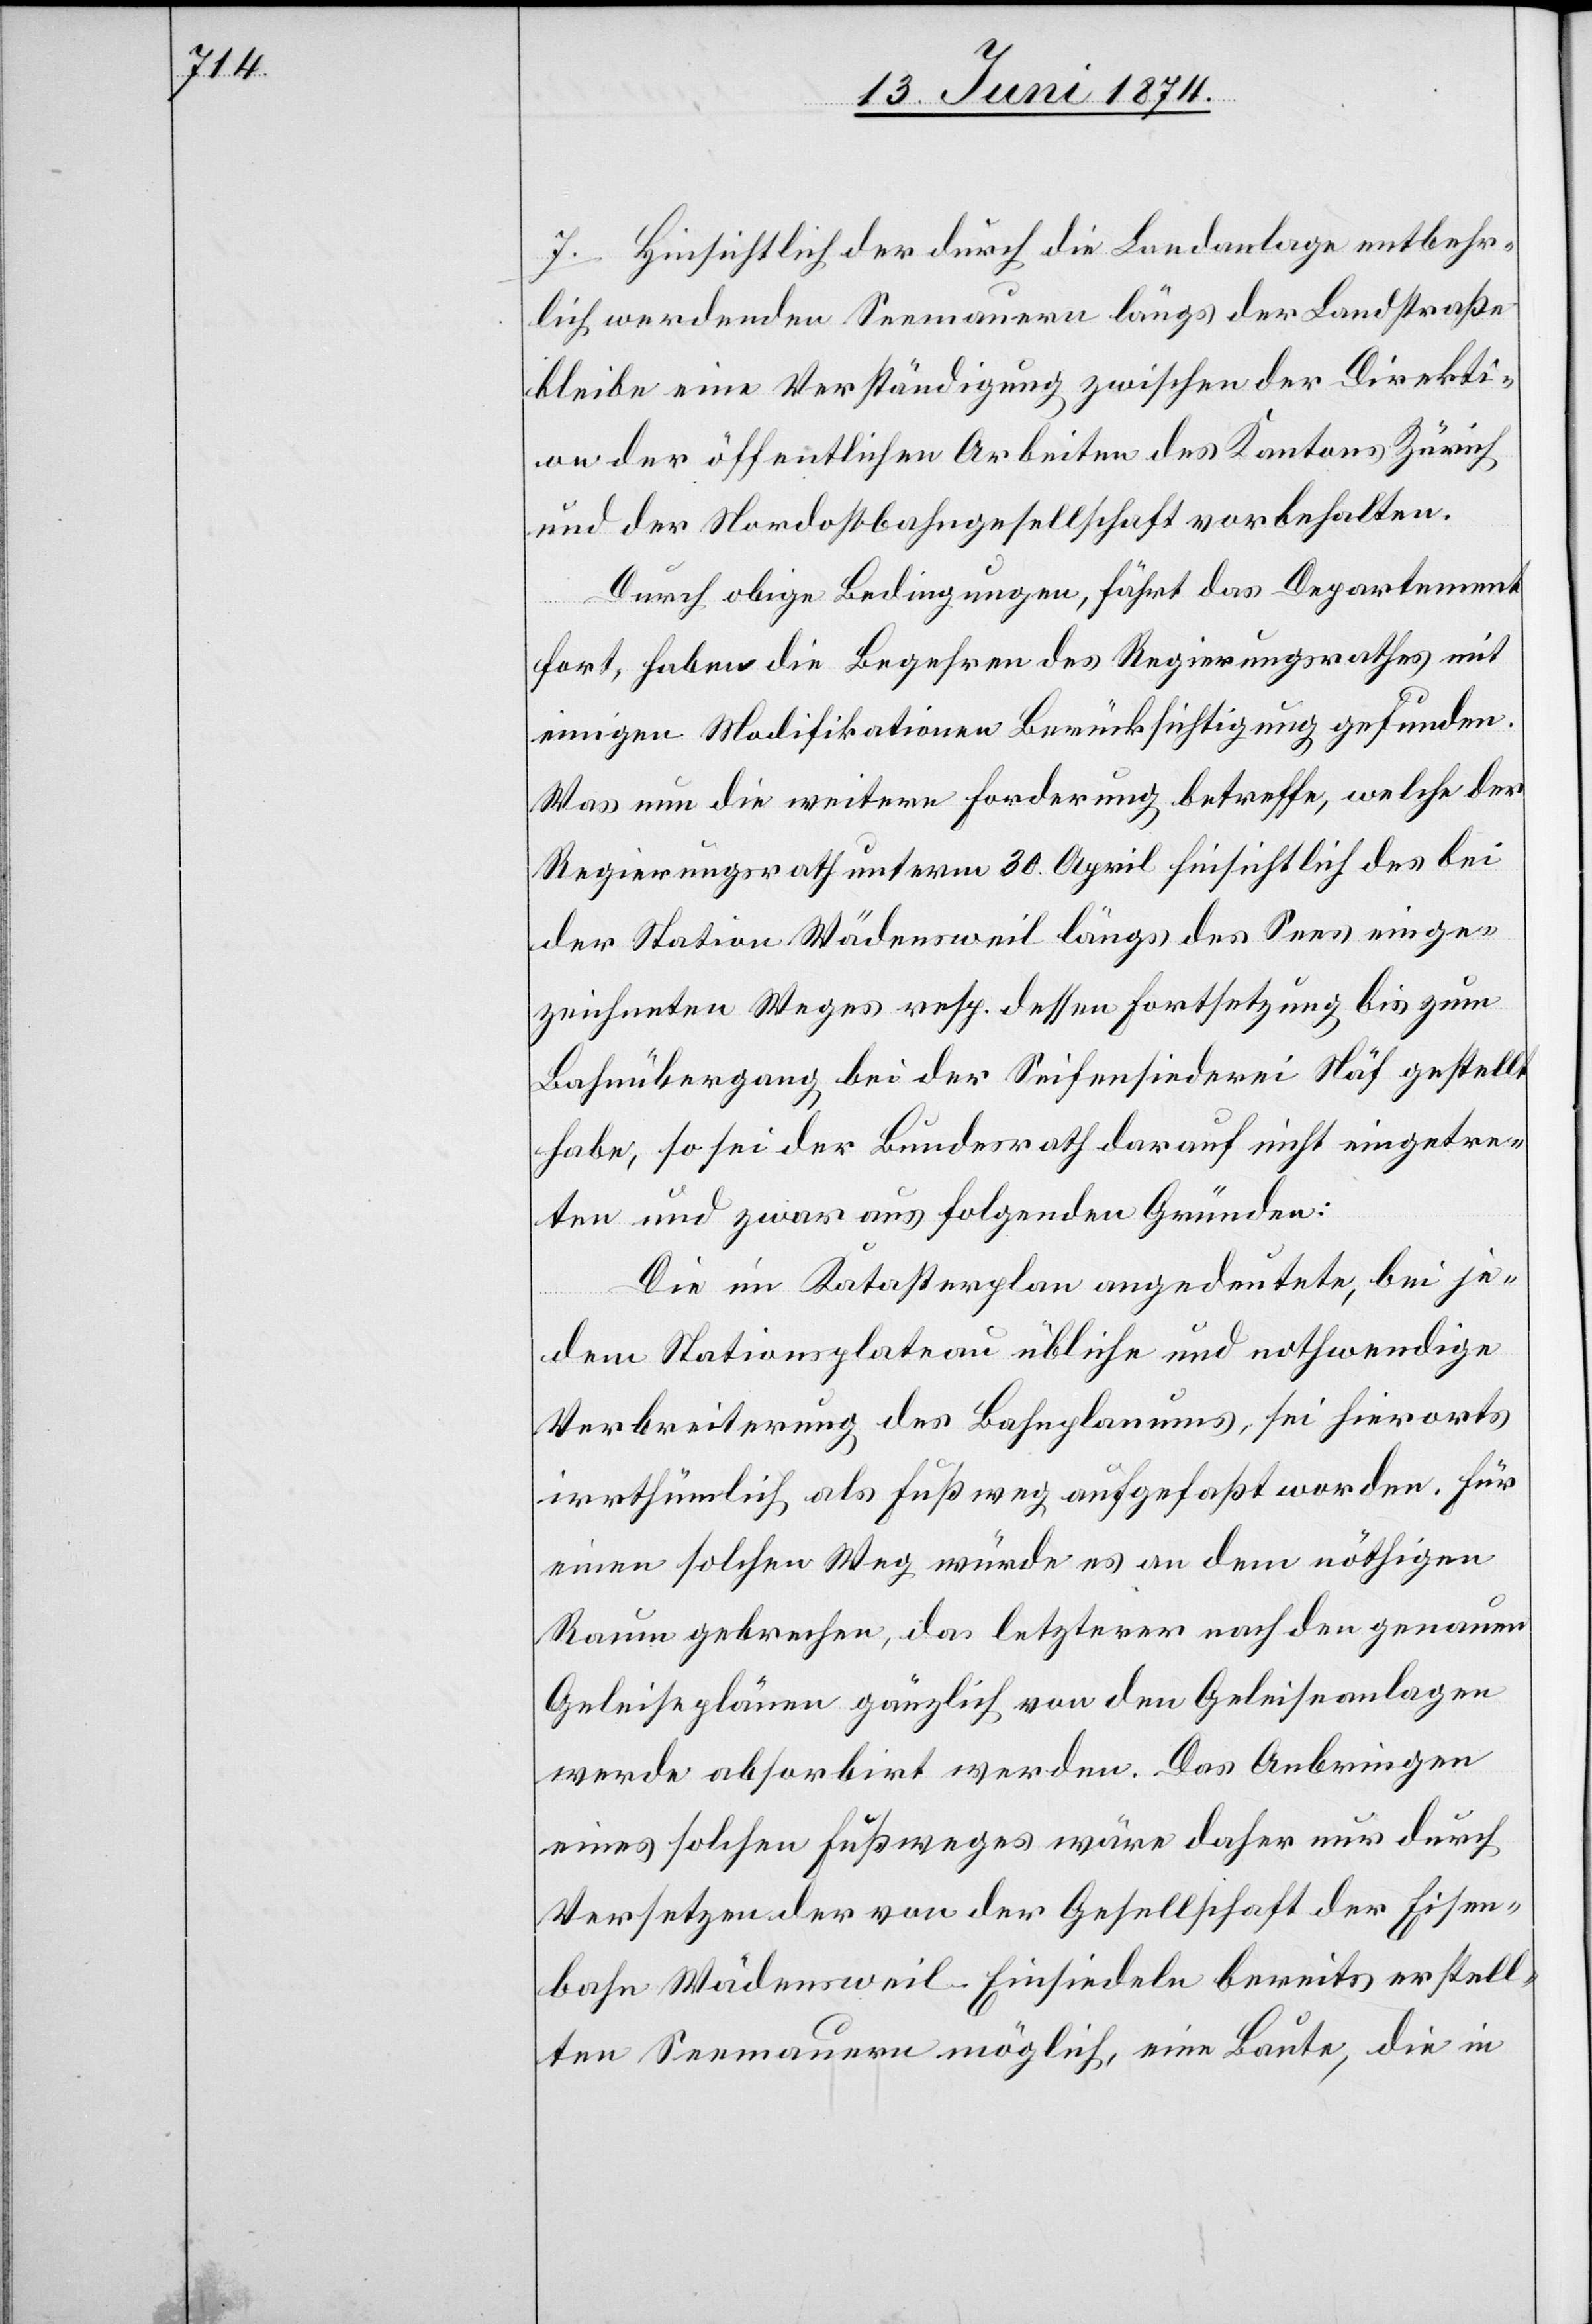
7. Hinsichtlich der durch die Landanlage entbehr¬
lich werdenden Seemauern längs der Landstraße
bleibe eine Verständigung zwischen der Direkti¬
on der öffentlichen Arbeiten des Kantons Zürich
und der Nordostbahngesellschaft vorbehalten.
Durch obige Bedingungen, fährt das Departement
fort, haben die Begehren des Regierungsrathes mit
einigen Modifikationen Berücksichtigung gefunden.
Was nun die weitere Forderung betreffe, welche der
Regierungsrath unterm 30. April hinsichtlich des bei
der Station Wädensweil längs des Sees einge¬
zeichneten Weges resp. dessen Fortsetzung bis zum
Bahnübergang bei der Seifensiederei Näf gestellt
habe, so sei der Bundesrath darauf nicht eingetre¬
ten und zwar aus folgenden Gründen.
Die im Katasterplan angedeutete, bei je¬
dem Stationsplateau übliche und nothwendige
Verbreiterung des Bahnplanums, sei hierorts
irrthümlich als Fußweg aufgefaßt worden. Für
einen solchen Weg würde es an dem nöthigen
Raum gebrechen, da letzterer nach den genauen
Geleiseplänen gänzlich von den Geleiseanlagen
werde absorbirt werden. Das Anbringen
eines solchen Fußweges wäre daher nur durch
Versetzen der von der Gesellschaft der Eisen¬
bahn Wädensweil Einsiedeln bereits erstell¬
ten Seemauern möglich, eine Baute, die in